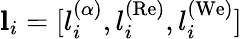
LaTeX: \textbf{l}_{i}=[l_{i}^{(\alpha)},l_{i}^{(\mathrm{Re)}},l_{i}^{(\mathrm{We)}}]